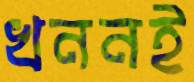
খননই